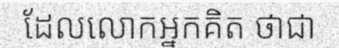
ដែលលោកអ្នកគិត ថាជា